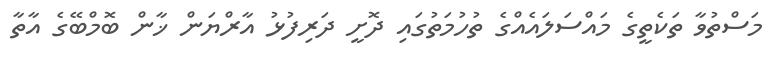
މަސްތުވާ ތަކެތީގެ މައްސަލައެއްގެ ތުހުމަތުގައި ދޮށީ ދަރިފުޅު އާރްޔަން ޚާން ބޮމްބޭގެ އާތާ